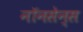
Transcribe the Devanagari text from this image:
नॉनसेन्स